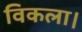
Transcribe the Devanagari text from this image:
विकला।